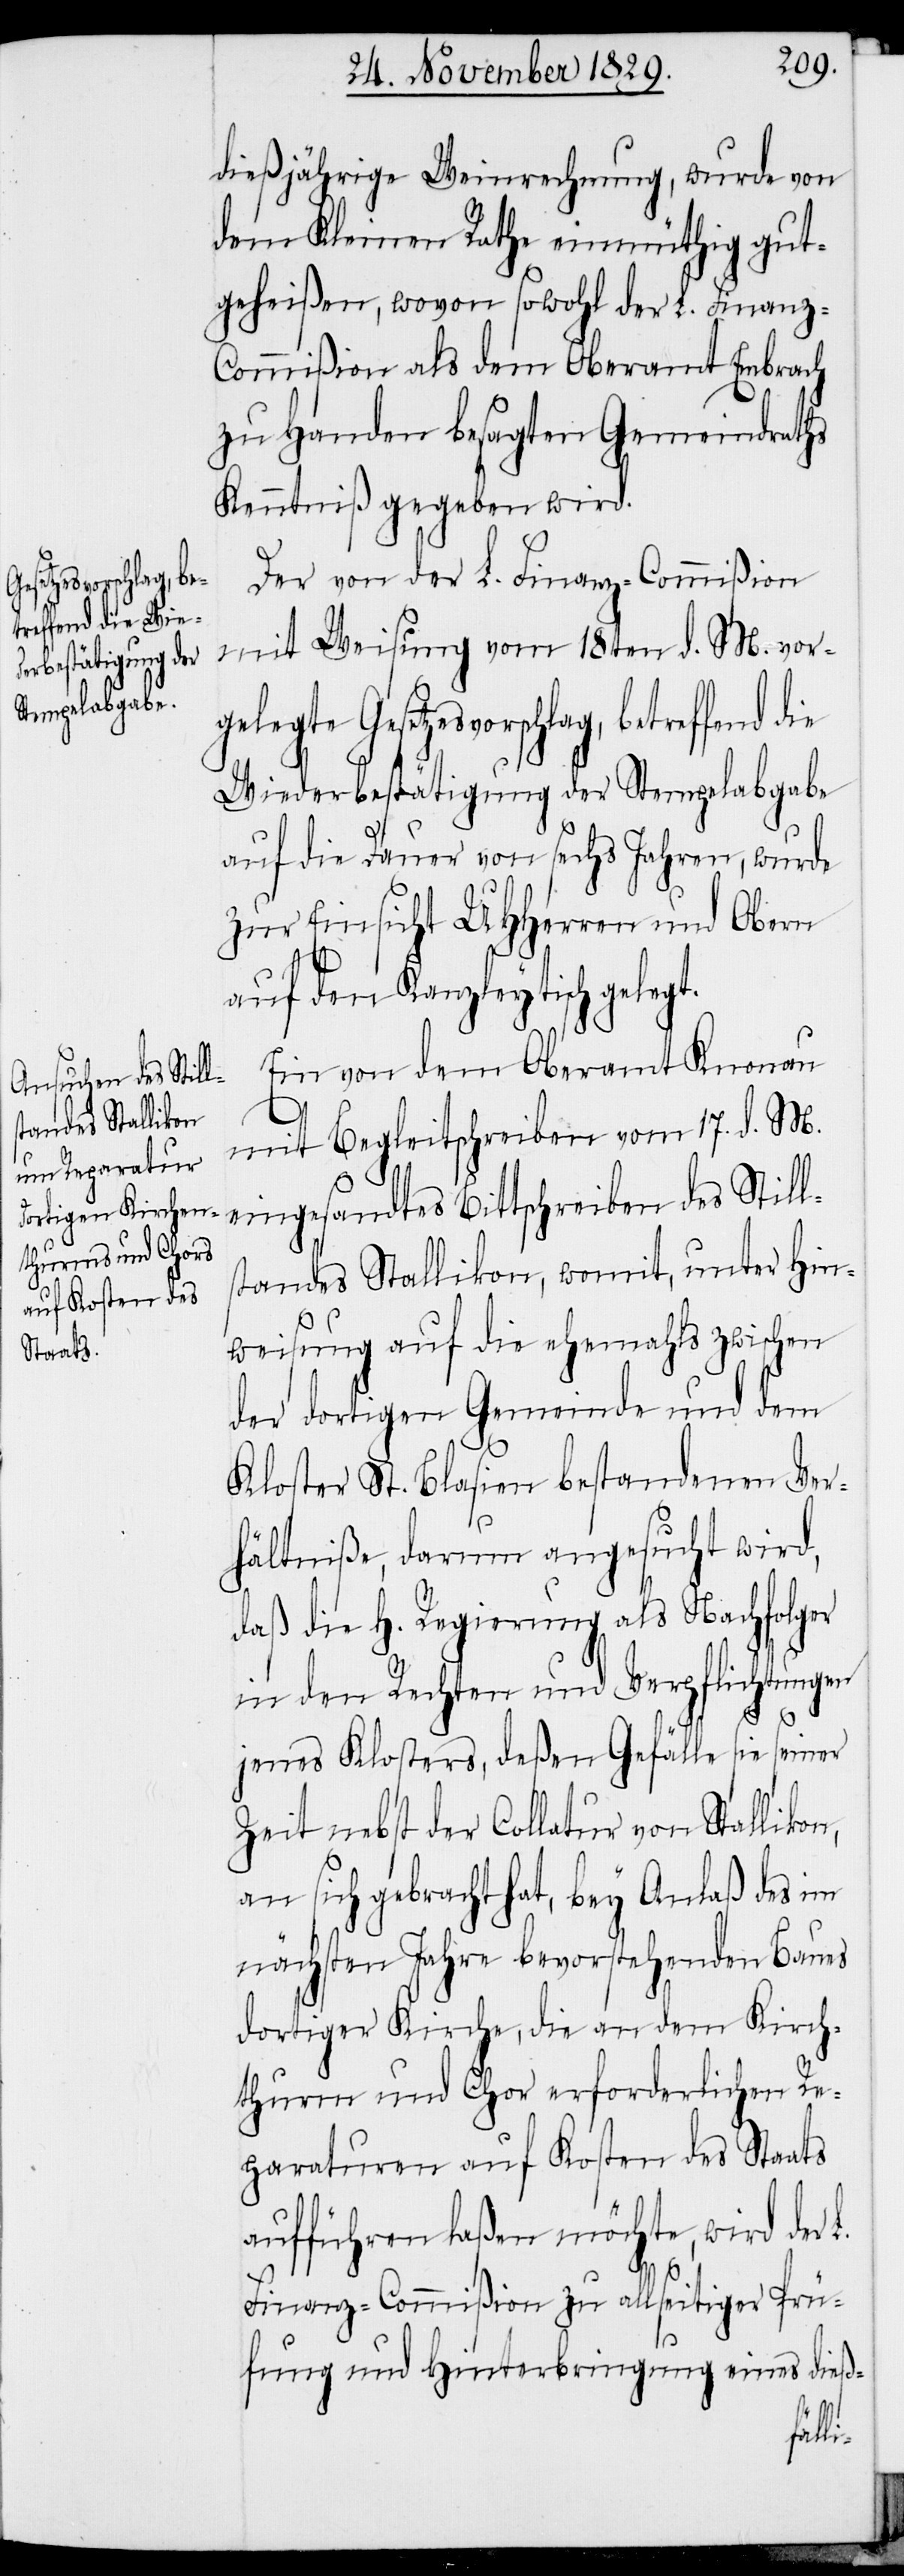
dießjährige Weinrechnung, wurde von
dem Kleinen Rathe einmüthig gut¬
geheißen, wovon sowohl der L. Finanz-C¬
ommißion als dem Oberamt Embrach
zu Handen besagten Gemeindraths
Kenntniß gegeben wird.
Der von der L. Finanz-Commißion
mit Weisung vom 18ten d. M. vorg¬
elegte Gesetzesvorschlag, betreffend die
Wiederbestätigung der Stempelabgabe
auf die Dauer von sechs Jahren, wurde
zur Einsicht UHHerren und Obern
auf den Kanzleytisch gelegt.
Ein von dem Oberamt Knonau
mit Begleitschreiben vom 17. d. M.
eingesandtes Bittschreiben des Still¬
standes Stallikon, womit, unter Hin¬
weisung auf die ehemahls zwischen
der dortigen Gemeinde und dem
Kloster St. Blasien bestandenen Ver¬
hältniße, darum angesucht wird,
daß die H. Regierung als Nachfolger
in den Rechten und Verpflichtungen
jenes Klosters, deßen Gefälle sie seiner
Zeit nebst der Collatur von Stallikon,
an sich gebracht hat, bey Anlaß des im
nächsten Jahre bevorstehenden Baues
dortiger Kirche, die an dem Kirch¬
thurm und Chor erforderlichen Re¬
paraturen auf Kosten des Staats
aufführen laßen möchte, wird der
Finanz-Commißion zu allseitiger Prü¬
fung und Hinterbringung eines dieß-